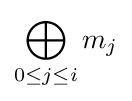
\bigoplus _{0\leq j\leq i}m_{j}